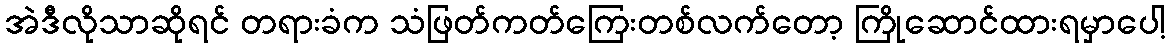
အဲဒီလိုသာဆိုရင် တရားခံက သံဖြတ်ကတ်ကြေးတစ်လက်တော့ ကြိုဆောင်ထားရမှာပေါ့